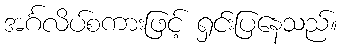
အင်္ဂလိပ်စကားဖြင့် ရှင်းပြနေသည်။